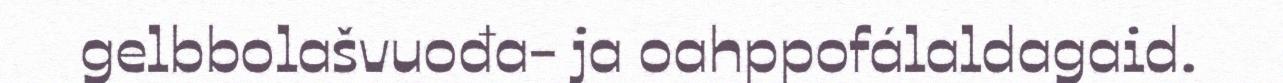
gelbbolašvuođa- ja oahppofálaldagaid.